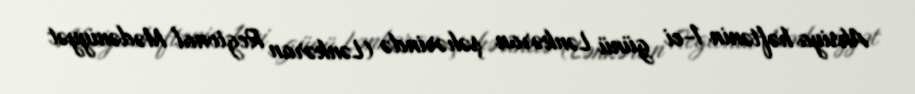
Aksiya həftənin 1-ci günü Lənkəran şəhərində (Lənkəran Regional Mədəniyyət